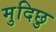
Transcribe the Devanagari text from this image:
मुदिछु